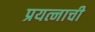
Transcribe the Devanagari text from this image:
प्रयत्नाची